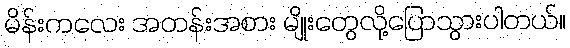
မိန်းကလေး အတန်းအစား မျိုးတွေလို့ပြောသွားပါတယ်။